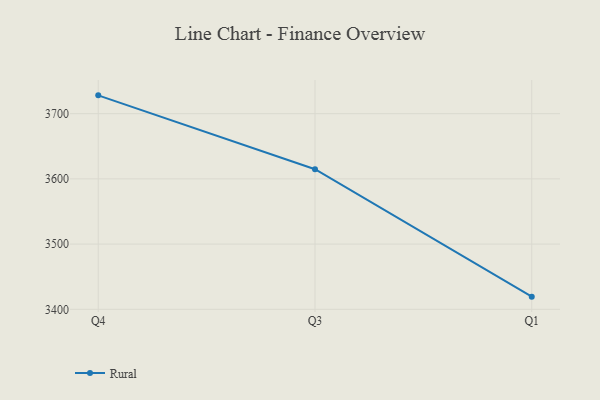
{"axis": {"x": "Quarter", "y": "Waste Production (Tons)"}, "legend": ["Rural"], "data": [{"x": "Q4", "y": 3728.1, "type": "Rural"}, {"x": "Q3", "y": 3614.8, "type": "Rural"}, {"x": "Q1", "y": 3419.4, "type": "Rural"}]}